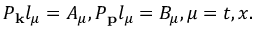
P _ { { \bf k } } l _ { \mu } = A _ { \mu } , P { \bf _ p } l _ { \mu } = B _ { \mu } , \mu = t , x .